Code of medical and sanitary regulations for the guidance of medical officers serving in the Madras Presidency - Volume II
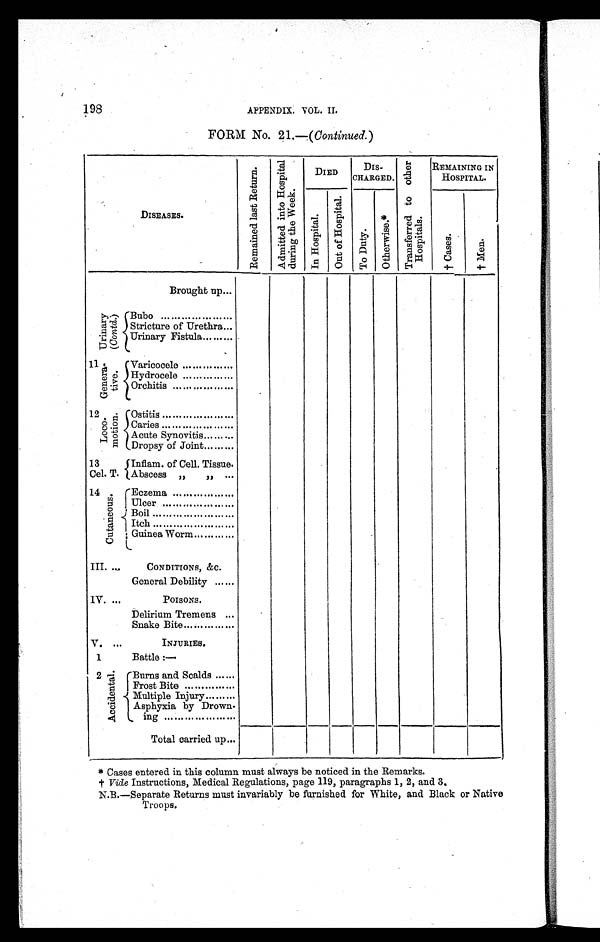
198
APPENDIX. VOL. II.
FORM No. 21.—( Continued. )
DISEASES.
R e m a i n e d l a s t R e t u r n .
A d m i t t e d i n t o H o s p i t a l
d u r i n g t h e W e e k .
DIED
DIS -
CHARGED.
T r a n s f e r r e d t o o t h e r H o s p i t a l s .
REMAINING IN
HOSPITAL.
I n H o s p i t a l .
O u t o f H o s p i t a l .
T o D u t y
O t h e r w i s e . *
† C a s e s .
† Men.
Brought up...
U r i n a r y
( C o n t d .
) Bubo .....................
Stricture of Urethra...
Urinary Fistula.........
11 Ge ne r a -
tive.
Varicocele ...............
Hydrocele...............
Orchitis..................
12 L o c o -
m o t i o n . Ostitis .....................
Caries .....................
Acute Synovitis.........
Dropsy of Joint.........
13
Inflam. of Cell. Tissue.
Cel. T. Abscess „ „ ...
14 C u t a n e o u s .
E czema..................
U l c e r . . . . . . . . . . . . . . . . . . . . . . . . . .
Boil........................
I t c h . . . . . . . . . . . . .
Guinea Worm............
III. ...
CONDITIONS, &C.
General Debility ......
IV. ...
POISONS.
Delirium Tremens ...
Snake Bite ...............
V. ...
INJURIES.
1
Battle :—
2
A c c i d e n t a l .
Burns and Scalds ......
Frost Bite...............
Multiple Injury.........
Asphyxia by Drown-
ing ..........
Total carried up...
* Cases entered in this column must always be noticed in the Remarks.
† Vide Instructions, Medical Regulations, page 119, paragraphs 1, 2, a n d 3
.
N.B.—Separate Returns must invariably be furnished for White, and Black or Native
Troops.